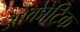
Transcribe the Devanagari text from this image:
ओंकोटिक